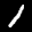
Label: 1